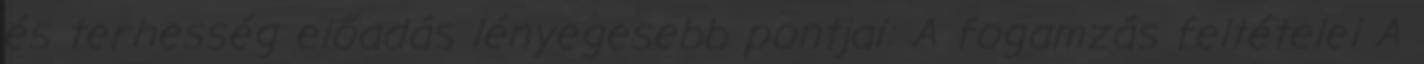
és terhesség előadás lényegesebb pontjai: A fogamzás feltételei A